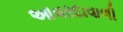
આવરદાવાળી